画像に写った文字を読んでください
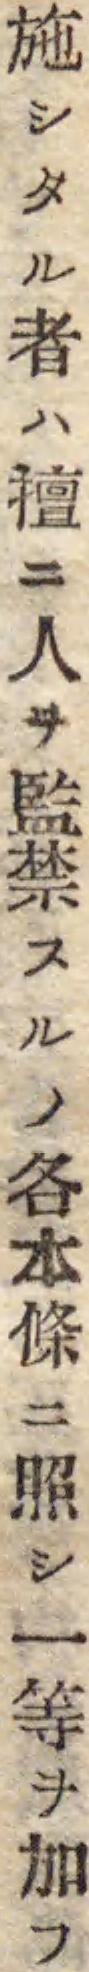
「施シタル者ハ擅ニ人ヲ監禁スルノ各本條ニ照シ一等ヲ加フ」と書いてあります